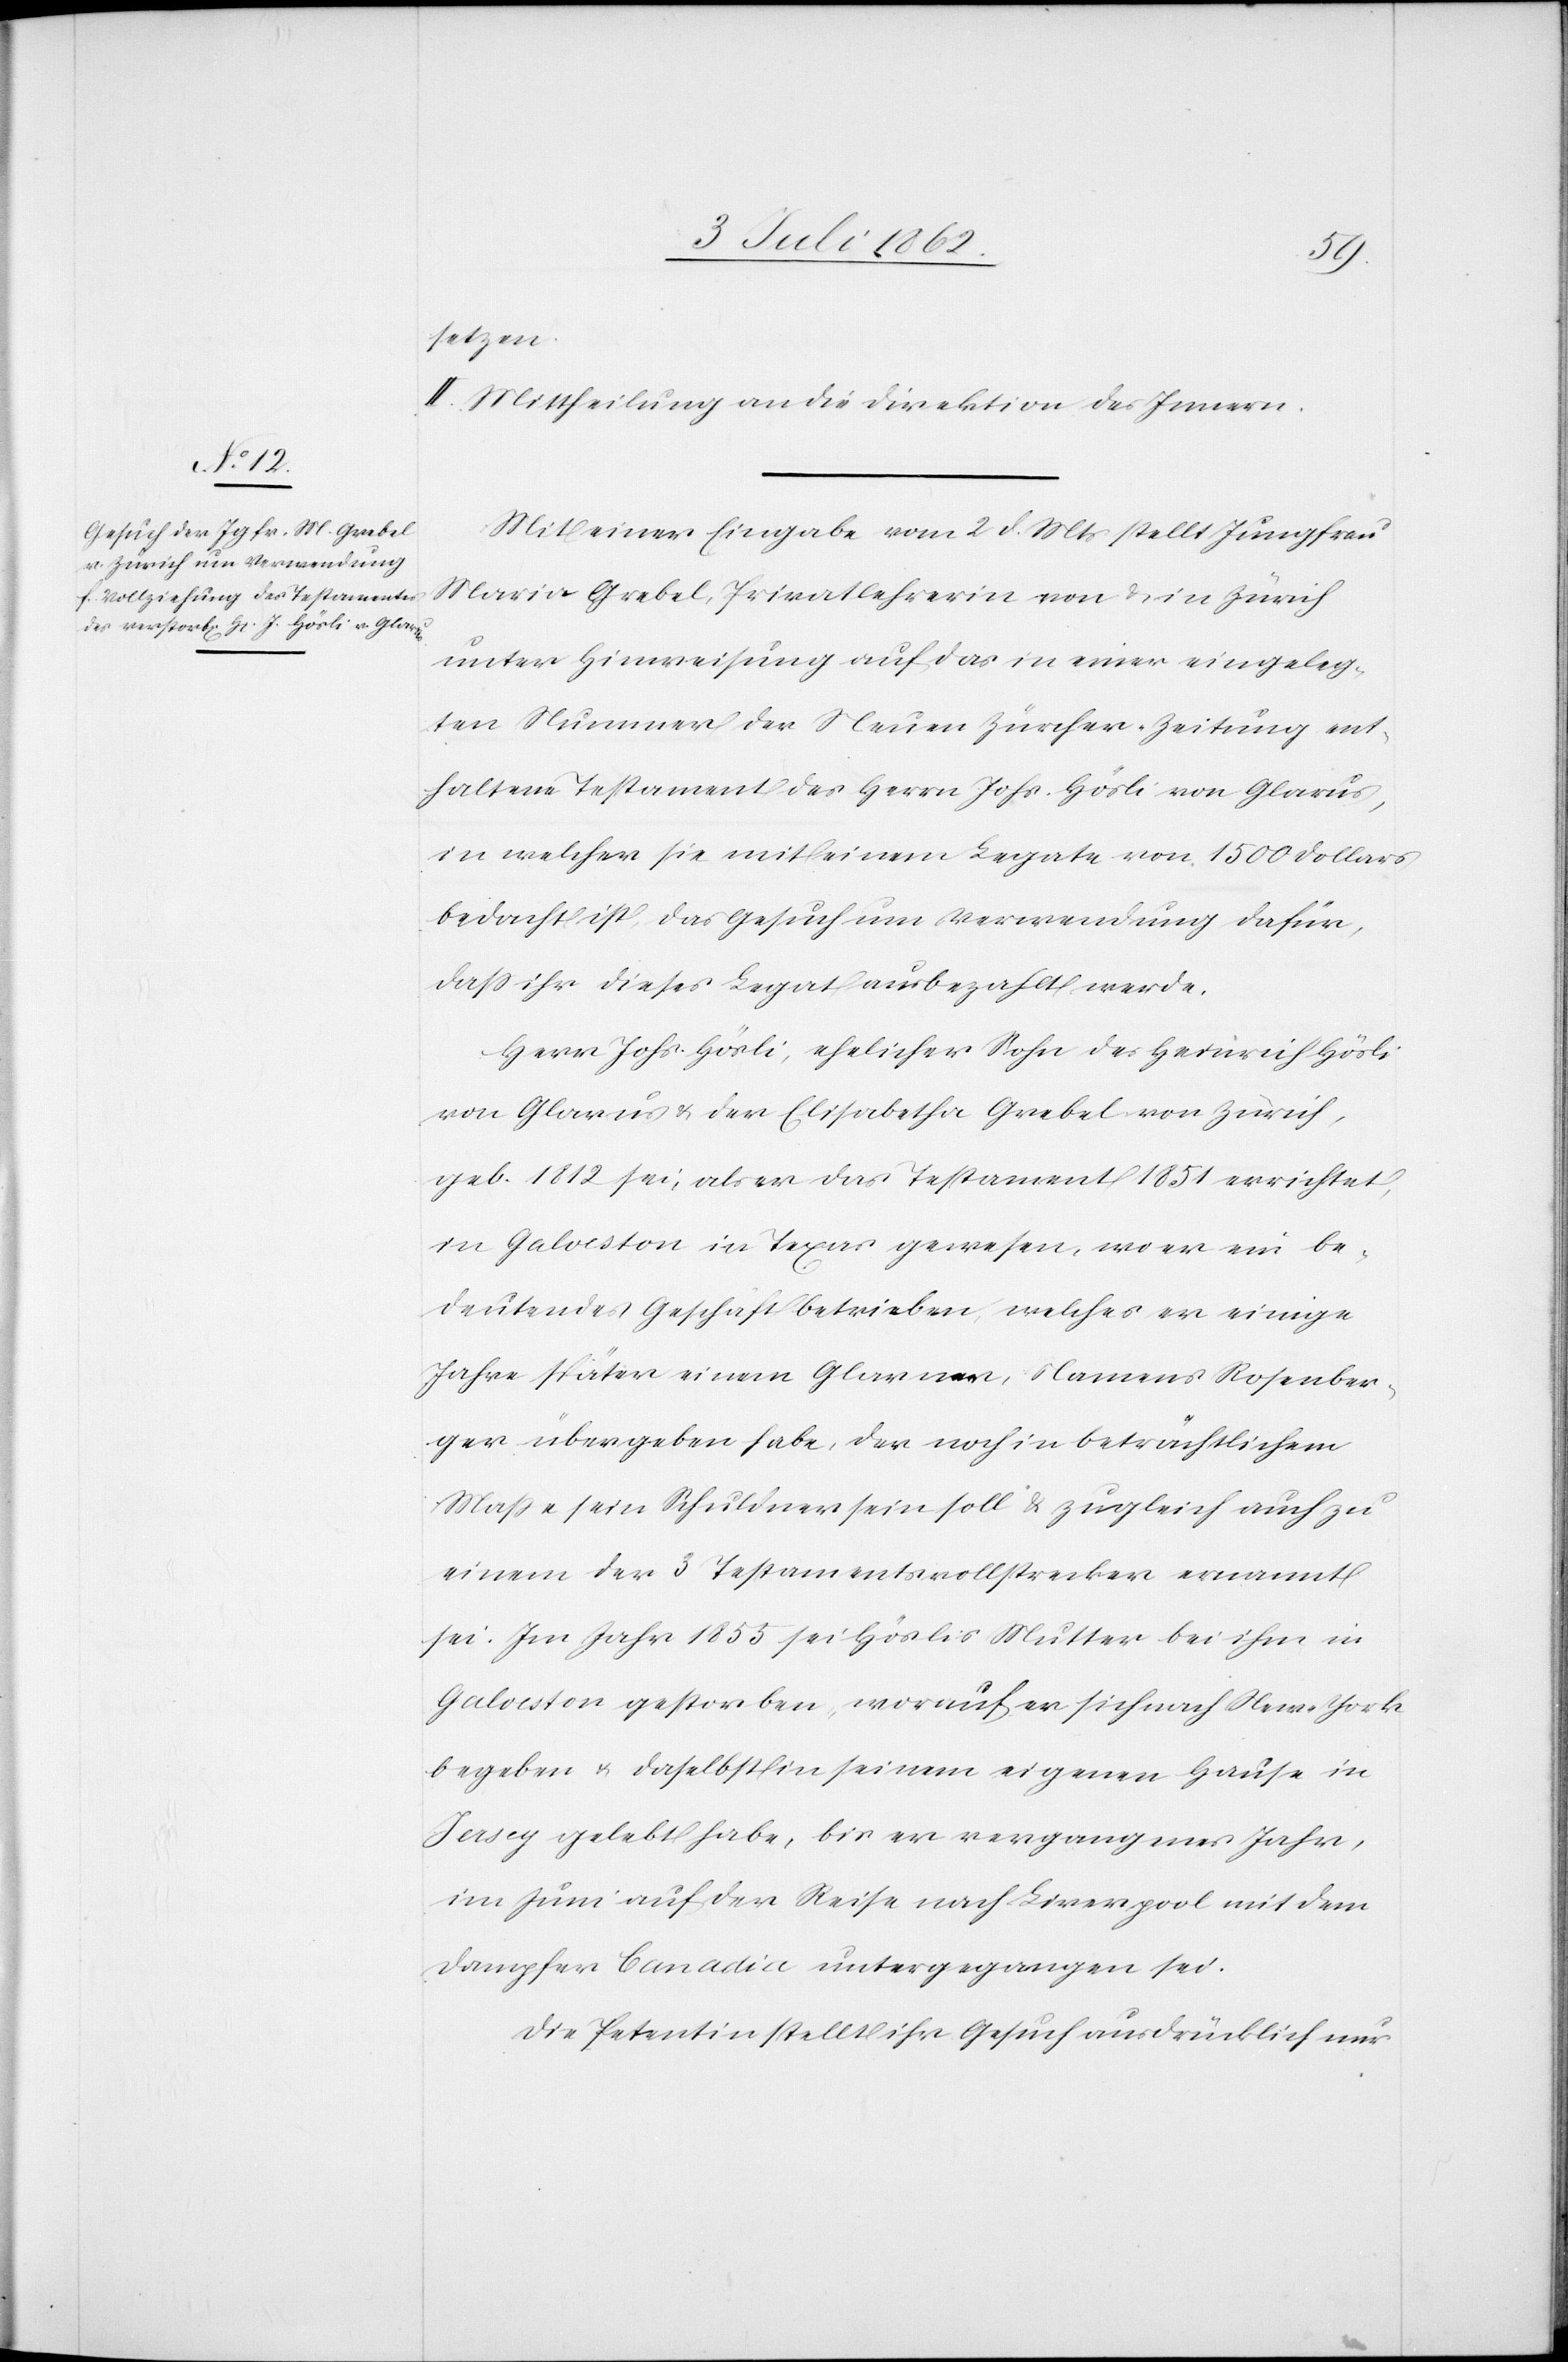
Mit einer Eingabe vom 2 d. Mts. stellt Jungfrau
Maria Grebel, Privatlehrerin von u. in Zürich
unter Hinweisung auf das in einer eingeleg¬
ten Nummer der Neuen Zürcher-Zeitung ent¬
haltene Testament des Herrn Johs. Hösli von Glarus,
in welcher sie mit seinem Legate von 1500 Dollars
bedacht ist, das Gesuch um Verwendung dafür,
daß ihr dieses Legat ausbezahlt werde.
Herr Johs. Hösli, ehelicher Sohn des Heinrich Hösli
von Glarus u. der Elisabetha Grebel von Zürich,
geb. 1812 sei, als er das Testament 1851 errichtet,
in Galoeston in Texas gewesen, wo er ein be¬
deutendes Geschäft betrieben, welches er einige
Jahre später einem Glarner, Namens Rosenber¬
ger übergeben habe, der noch in beträchtlichem
Maße sein Schuldner sein soll u. zugleich auch zu
einem der 3 Testamentsvollstrecker ernannt
sei. Im Jahr 1855 sei Höslis Mutter bei ihm in
Galoeston gestorben, worauf er sich nach New-York
begeben u. daselbst in seinem eigenen Hause in
Jersey gelebt habe, bis er vergangenes Jahr,
im Juni auf der Reise nach Liverpool mit dem
Dampfer Banadia untergegangen sei.
Die Petentin stellt ihr Gesuch ausdrücklich nur